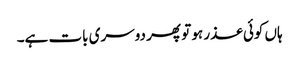
ہاں کوئی عذر ہو تو پھر دوسری بات ہے۔